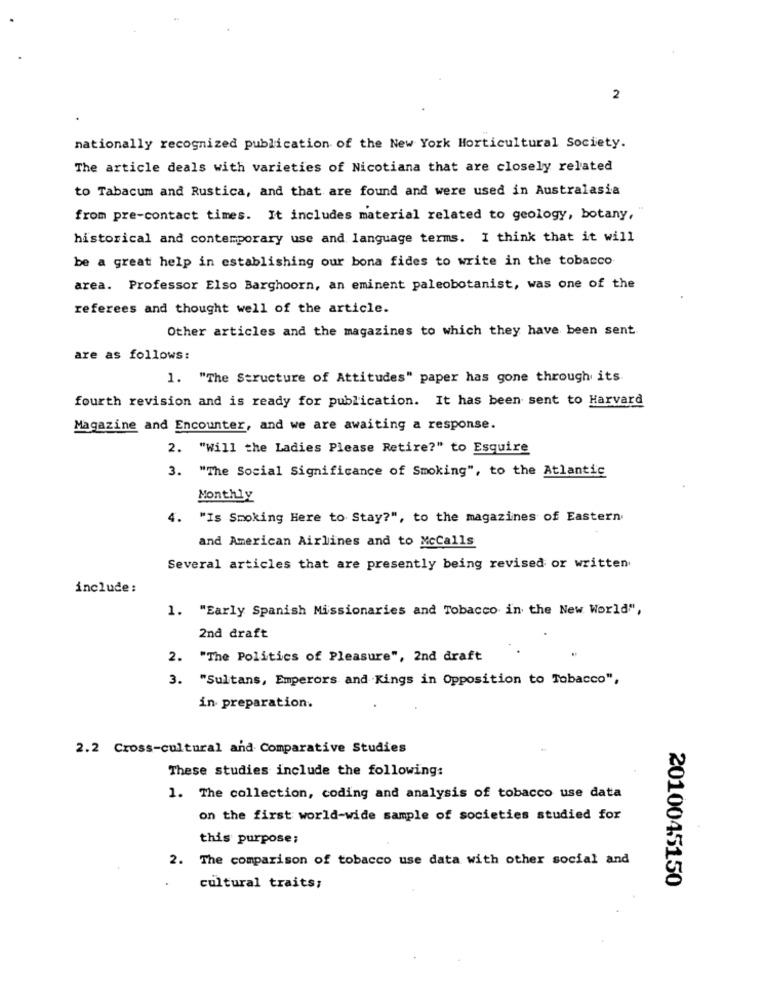
2
nationally recognized publication of the New York Horticultural Society.
The article deals with varieties of Nicotiana that are closely related
to Tabacum and Rustica, and that are found and were used in Australasia
from pre-contact times. It includes material related to geology, botany,
historical and contemporary use and language terms. I think that it will
be a great help in establishing our bona fides to write in the tobacco
area. Professor Elso Barghoorn, an eminent paleobotanist, was one of the
referees and thought well of the article.
Other articles and the magazines to which they have been sent
are as follows:
1. "The Structure of Attitudes" paper has gone through its
fourth revision and is ready for publication. It has been sent to Harvard
Magazine and Encounter, and we are awaiting a response.
2. "Will the Ladies Please Retire?" to Esquire
3. "The Social Significance of Smoking", to the Atlantic
Monthly
4. "Is Smoking Here to Stay?", to the magazines of Eastern
and American Airlines and to McCalls
Several articles that are presently being revised or written
include:
1. "Early Spanish Missionaries and Tobacco in the New World",
2nd draft
2. "The Politics of Pleasure", 2nd draft
3. "Sultans, Emperors and Kings in Opposition to Tobacco",
in preparation.
2.2 Cross-cultural and Comparative Studies
These studies include the following:
1. The collection, coding and analysis of tobacco use data
on the first world-wide sample of societies studied for
this purpose;
2. The comparison of tobacco use data with other social and
2010045150
cultural traits;